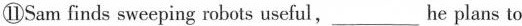
⑪Sam finds sweeping robots useful,___he plans to